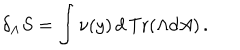
\delta _ { \Lambda } S = \int \nu ( y ) \, d \, \mathrm { T r } ( \Lambda d A ) \, .